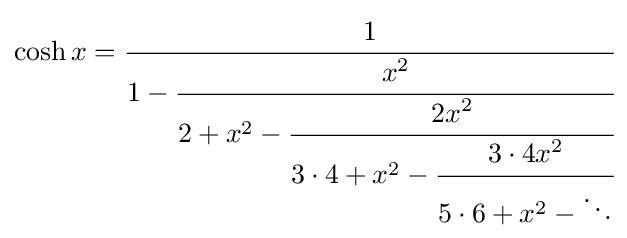
\cosh x={\cfrac {1}{1-{\cfrac {x^{2}}{2+x^{2}-{\cfrac {2x^{2}}{3\cdot 4+x^{2}-{\cfrac {3\cdot 4x^{2}}{5\cdot 6+x^{2}-\ddots }}}}}}}}